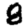
Digit: 8